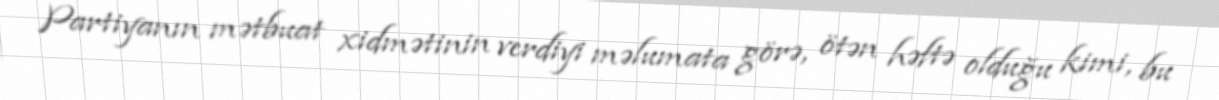
Partiyanın mətbuat xidmətinin verdiyi məlumata görə, ötən həftə olduğu kimi, bu